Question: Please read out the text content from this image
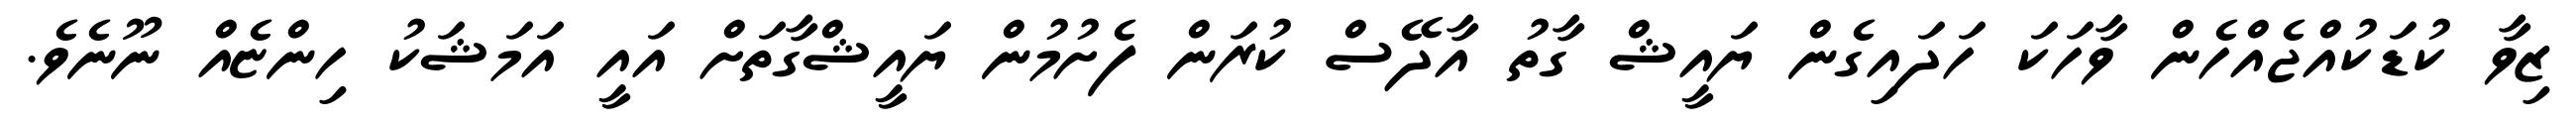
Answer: ޒިވާ ކުޑަކުއްޖެއްހެން ވާހަކަ ހަދައިގެން ޔައީޝް ގާތު އާދޭސް ކުރަން ފެށުމުން ޔައީޝްގާތަށް އައީ އަމަޝަކު ހިންޏެއް ނޫނެވެ.